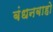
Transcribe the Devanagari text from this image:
बंधनबाहो